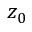
z _ { 0 }